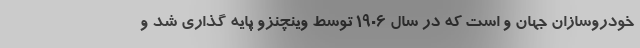
خودروسازان جهان و است که در سال 1906 توسط وینچنزو پایه گذاری شد و